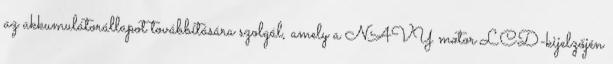
az akkumulátorállapot továbbítására szolgál, amely a NAVY motor LCD-kijelzőjén